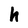
Character: h